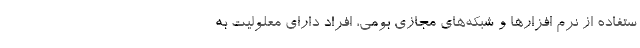
ستفاده از نرم افزارها و شبکه‌های مجازی بومی، افراد دارای معلولیت به